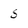
Character: 5